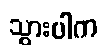
သွားပါက